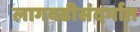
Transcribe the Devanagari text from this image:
लागवडीसंदर्भात